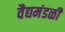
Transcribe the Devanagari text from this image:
वैद्यमंडळी